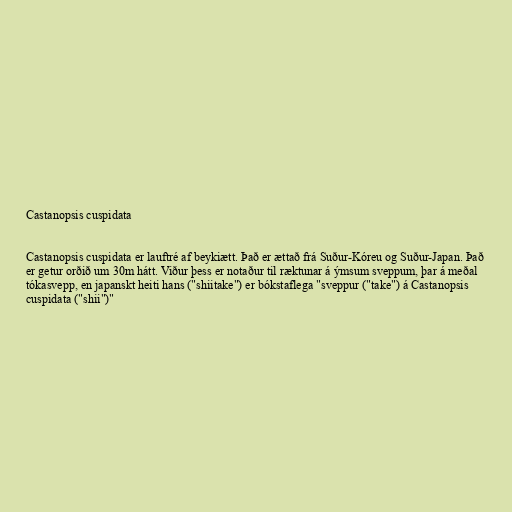
Castanopsis cuspidata

Castanopsis cuspidata er lauftré af beykiætt. Það er ættað frá Suður-Kóreu og Suður-Japan. Það
er getur orðið um 30m hátt. Viður þess er notaður til ræktunar á ýmsum sveppum, þar á meðal
tókasvepp, en japanskt heiti hans ("shiitake") er bókstaflega "sveppur ("take") á Castanopsis
cuspidata ("shii")"